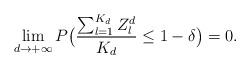
LaTeX: \begin{align*}\lim_{d\rightarrow+\infty}P\big(\frac{\sum_{l=1}^{K_d}Z_l^d}{K_d}\leq1-\delta\big)=0.\end{align*}